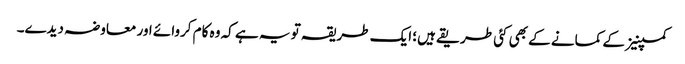
کمپنیز کے کمانے کے بھی کئی طریقے ہیں؛ ایک طریقہ تو یہ ہے کہ وہ کام کروائے اور معاوضہ دیدے۔